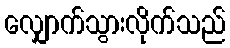
လျှောက်သွားလိုက်သည်